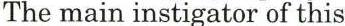
The main instigator of this